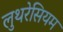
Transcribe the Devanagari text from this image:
लुथरेसियम